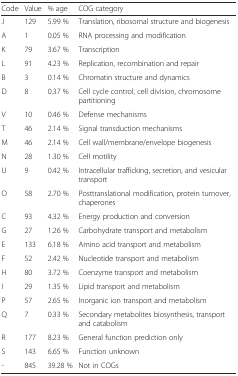
<table><thead><tr><td><b>Code</b></td><td><b>Value</b></td><td><b>% age</b></td><td><b>COG category</b></td></tr></thead><tbody><tr><td>J</td><td>129</td><td>5.99 %</td><td>Translation, ribosomal structure and biogenesis</td></tr><tr><td>A</td><td>1</td><td>0.05 %</td><td>RNA processing and modification</td></tr><tr><td>K</td><td>79</td><td>3.67 %</td><td>Transcription</td></tr><tr><td>L</td><td>91</td><td>4.23 %</td><td>Replication, recombination and repair</td></tr><tr><td>B</td><td>3</td><td>0.14 %</td><td>Chromatin structure and dynamics</td></tr><tr><td>D</td><td>8</td><td>0.37 %</td><td>Cell cycle control, cell division, chromosome partitioning</td></tr><tr><td>V</td><td>10</td><td>0.46 %</td><td>Defense mechanisms</td></tr><tr><td>T</td><td>46</td><td>2.14 %</td><td>Signal transduction mechanisms</td></tr><tr><td>M</td><td>46</td><td>2.14 %</td><td>Cell wall/membrane/envelope biogenesis</td></tr><tr><td>N</td><td>28</td><td>1.30 %</td><td>Cell motility</td></tr><tr><td>U</td><td>9</td><td>0.42 %</td><td>Intracellular trafficking, secretion, and vesicular transport</td></tr><tr><td>O</td><td>58</td><td>2.70 %</td><td>Posttranslational modification, protein turnover, chaperones</td></tr><tr><td>C</td><td>93</td><td>4.32 %</td><td>Energy production and conversion</td></tr><tr><td>G</td><td>27</td><td>1.26 %</td><td>Carbohydrate transport and metabolism</td></tr><tr><td>E</td><td>133</td><td>6.18 %</td><td>Amino acid transport and metabolism</td></tr><tr><td>F</td><td>52</td><td>2.42 %</td><td>Nucleotide transport and metabolism</td></tr><tr><td>H</td><td>80</td><td>3.72 %</td><td>Coenzyme transport and metabolism</td></tr><tr><td>I</td><td>29</td><td>1.35 %</td><td>Lipid transport and metabolism</td></tr><tr><td>P</td><td>57</td><td>2.65 %</td><td>Inorganic ion transport and metabolism</td></tr><tr><td>Q</td><td>7</td><td>0.33 %</td><td>Secondary metabolites biosynthesis, transport and catabolism</td></tr><tr><td>R</td><td>177</td><td>8.23 %</td><td>General function prediction only</td></tr><tr><td>S</td><td>143</td><td>6.65 %</td><td>Function unknown</td></tr><tr><td>-</td><td>845</td><td>39.28 %</td><td>Not in COGs</td></tr></tbody></table>